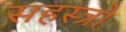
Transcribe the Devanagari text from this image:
सहस्त्रो